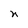
Character: n